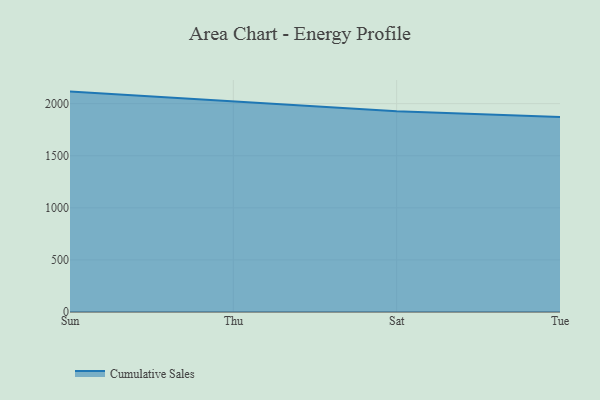
{"axis": {"x": "Day", "y": "Production Output"}, "legend": ["Cumulative Sales"], "data": [{"x": "Sun", "y": 2115.8, "type": "Cumulative Sales"}, {"x": "Thu", "y": 2017.9, "type": "Cumulative Sales"}, {"x": "Sat", "y": 1927.1, "type": "Cumulative Sales"}, {"x": "Tue", "y": 1872.7, "type": "Cumulative Sales"}]}